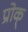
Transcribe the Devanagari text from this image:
प्रोक्